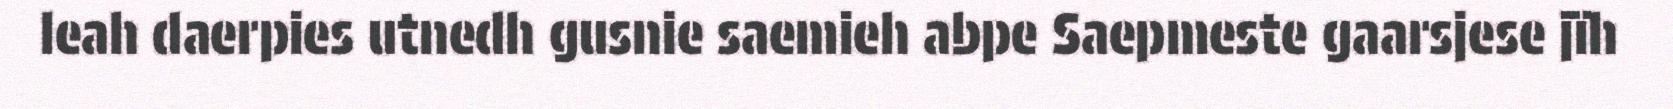
leah daerpies utnedh gusnie saemieh abpe Saepmeste gaarsjese jïh